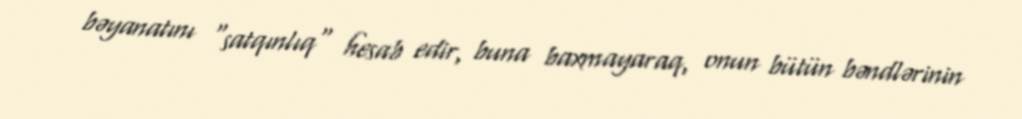
bəyanatını "satqınlıq" hesab edir, buna baxmayaraq, onun bütün bəndlərinin